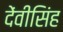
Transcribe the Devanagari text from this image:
देंवीसिंह